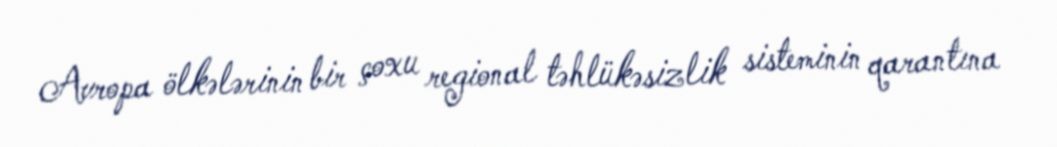
Avropa ölkələrinin bir çoxu regional təhlükəsizlik sisteminin qarantına